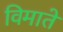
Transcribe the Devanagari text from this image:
विमाते